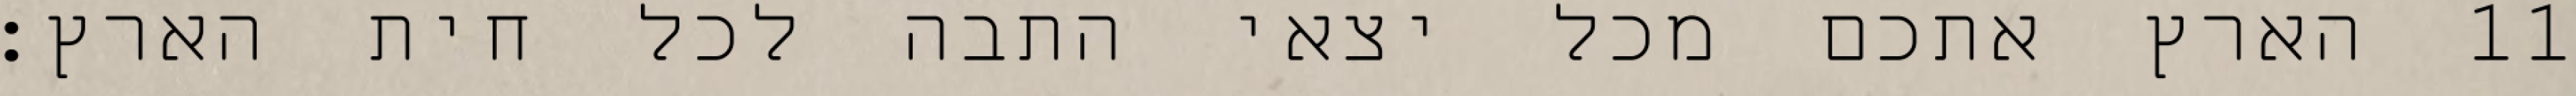
הארץ אתכם מכל יצאי התבה לכל חית הארץ׃ ‎11‏